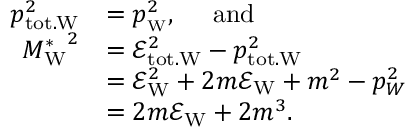
\begin{array} { r l } { p _ { \mathrm { t o t . W } } ^ { 2 } } & { = p _ { \mathrm { _ W } } ^ { 2 } , \mathrm { \quad ~ a n d } } \\ { { M _ { \mathrm { W } } ^ { * } } ^ { 2 } } & { = \mathcal { E } _ { \mathrm { t o t . W } } ^ { 2 } - p _ { \mathrm { t o t . W } } ^ { 2 } } \\ & { = \mathcal { E } _ { \mathrm { W } } ^ { 2 } + 2 m \mathcal { E } _ { \mathrm { W } } + m ^ { 2 } - p _ { W } ^ { 2 } } \\ & { = 2 m \mathcal { E } _ { \mathrm { W } } + 2 m ^ { 3 } . } \end{array}